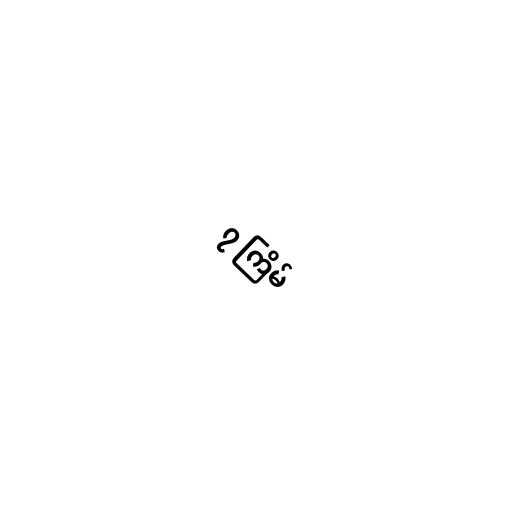
၇ ကြိမ်